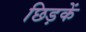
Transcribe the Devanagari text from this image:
छिड़कें